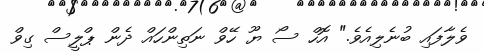
ވެލާފައި ބުނެލިއެވެ." އޮހް ސޯ ޔޫ ހޭވް ނަތިންހައް ދެން ޕްލީސް ގިވް